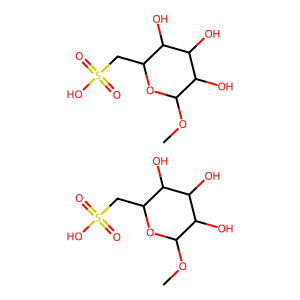
SMILES: COC1OC(CS(=O)(=O)O)C(O)C(O)C1O.COC1OC(CS(=O)(=O)O)C(O)C(O)C1O
Inhibits HIV replication: No